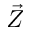
\vec { Z }